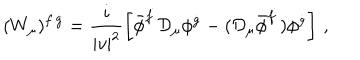
( W _ { \mu } ) ^ { \dot { f } \dot { g } } = \frac { i } { | v | ^ { 2 } } \left[ \bar { \phi } ^ { \dot { f } } { \cal D } _ { \mu } \phi ^ { \dot { g } } - ( { \cal D } _ { \mu } \bar { \phi } ^ { \dot { f } } ) \phi ^ { \dot { g } } \right] \, ,